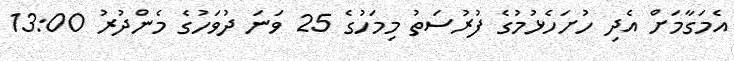
އެމަގާމަށް އެދި ހުށަހެޅުމުގެ ފުރުސަތު މިމަހުގެ 25 ވަނަ ދުވަހުގެ މެންދުރު 13:00